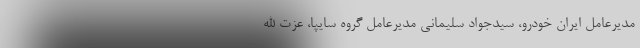
مدیرعامل ایران خودرو، سیدجواد سلیمانی مدیرعامل گروه سایپا، عزت الله